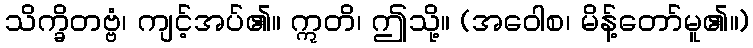
သိက္ခိတဗ္ဗံ၊ ကျင့်အပ်၏။ ဣတိ၊ ဤသို့။ (အဝေါစ၊ မိန့်တော်မူ၏။)